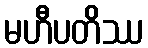
မဟီပတိဿ